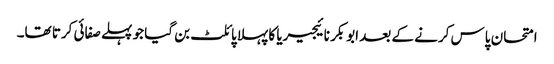
امتحان پاس کرنے کے بعد ابوبکر نائیجیریا کا پہلا پائلٹ بن گیا جو پہلے صفائی کرتا تھا۔